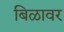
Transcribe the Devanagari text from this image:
बिळावर